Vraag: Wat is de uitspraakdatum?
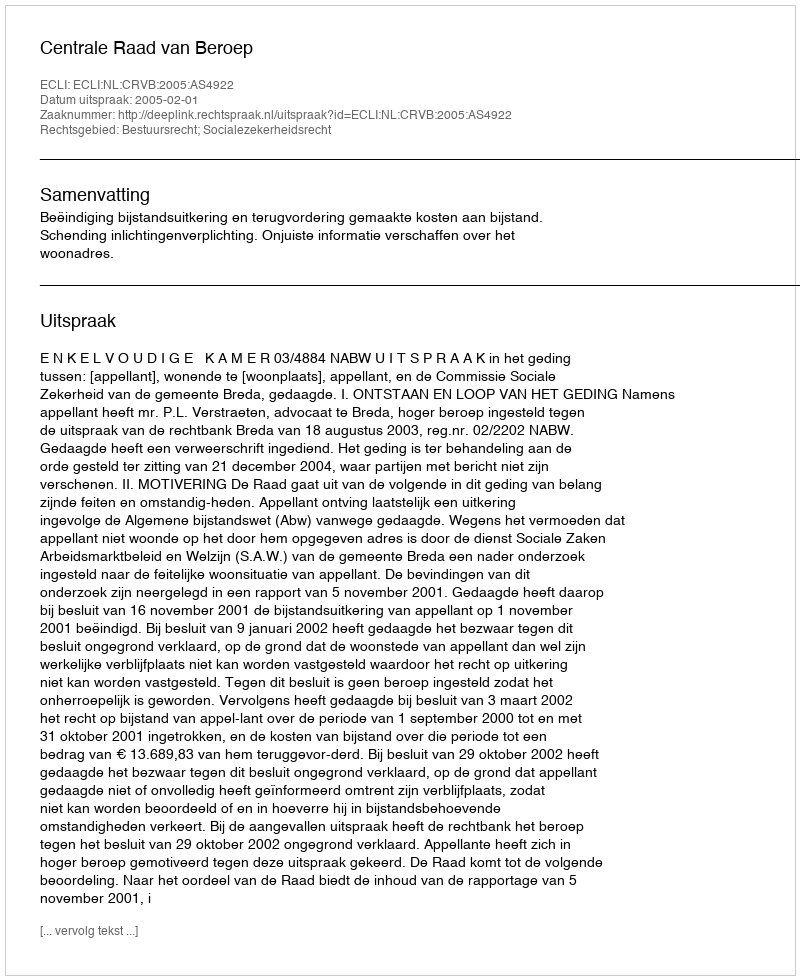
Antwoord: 2005-02-01